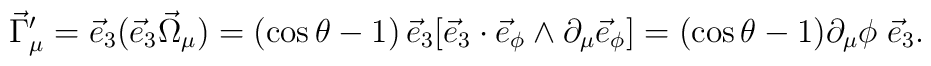
\vec{\Gamma}_\mu^\prime=\vec{e}_3(\vec{e}_3\vec{\Omega}_\mu)=(\cos\theta-1)\,\vec{e}_3[\vec{e}_3\cdot\vec{e}_\phi\wedge\partial_\mu\vec{e}_\phi]=(\cos\theta-1)\partial_\mu\phi\;\vec{e}_3.